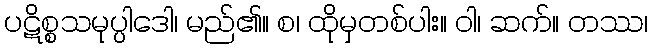
ပဋိစ္စသမုပ္ပါဒေါ၊ မည်၏။ စ၊ ထိုမှတစ်ပါး။ ဝါ၊ ဆက်။ တဿ၊